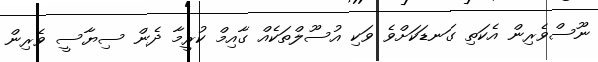
ނޫސްވެރިން އެކަތި ގަނޑަކަށްވެ ވަކި އުސޫލްތަކެއް ގާއިމް ކުރީމާ ދެން ސިޔާސީ ވެރިން